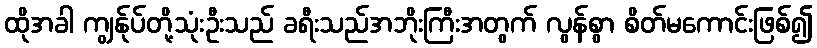
ထိုအခါ ကျွန်ုပ်တို့သုံးဦးသည် ခရီးသည်အဘိုးကြီးအတွက် လွန်စွာ စိတ်မကောင်းဖြစ်၍